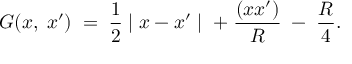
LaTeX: G ( x , \; x ^ { \prime } ) \; = \; \frac { 1 } { 2 } \mid x - x ^ { \prime } \mid \; + \; { \frac { ( x x ^ { \prime } ) } { R } } \; - \; { \frac { R } { 4 } } .